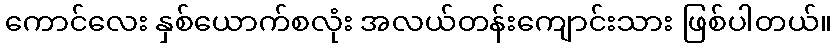
ကောင်လေး နှစ်ယောက်စလုံး အလယ်တန်းကျောင်းသား ဖြစ်ပါတယ်။